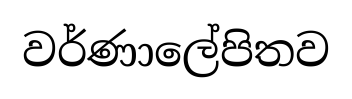
වර්ණාලේපිතව